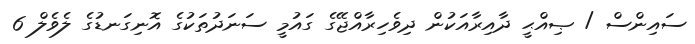
ސައިންސް / ޞިއްޙީ ދާއިރާއަކުން ދިވެހިރާއްޖޭގެ ގައުމީ ސަނަދުތަކުގެ އޮނިގަނޑުގެ ލެވެލް 6